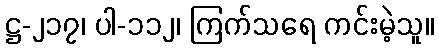
ဋ္ဌ-၂၁၇၊ ပါ-၁၁၂၊ ကြက်သရေ ကင်းမဲ့သူ။